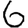
Digit: 6